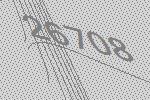
26708